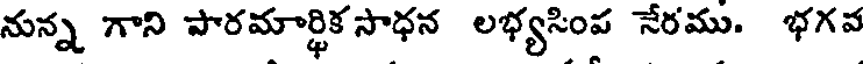
నున్న గాని పారమార్థిక సాధన లభ్యసింప నేరము. భగవ